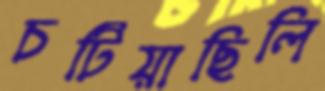
চটিয়াছিলি